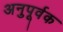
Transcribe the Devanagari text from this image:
अनुपूर्वक